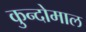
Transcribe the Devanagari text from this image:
कुन्दोमाल